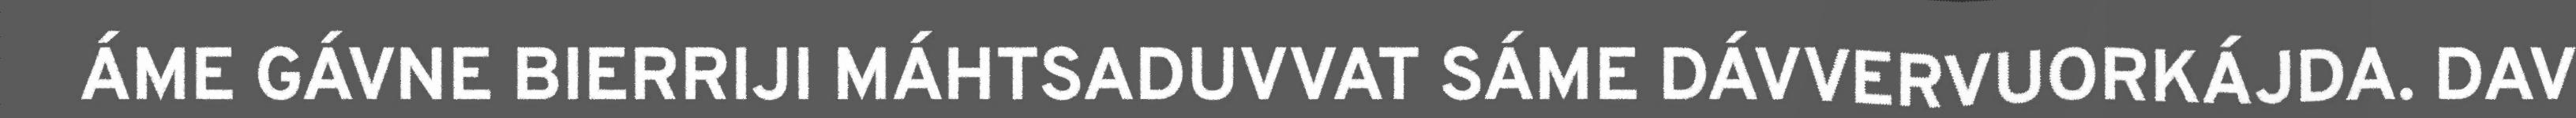
ÁME GÁVNE BIERRIJI MÁHTSADUVVAT SÁME DÁVVERVUORKÁJDA. DAV